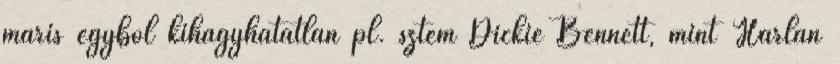
máris egyből kihagyhatatlan pl. sztem Dickie Bennett, mint Harlan